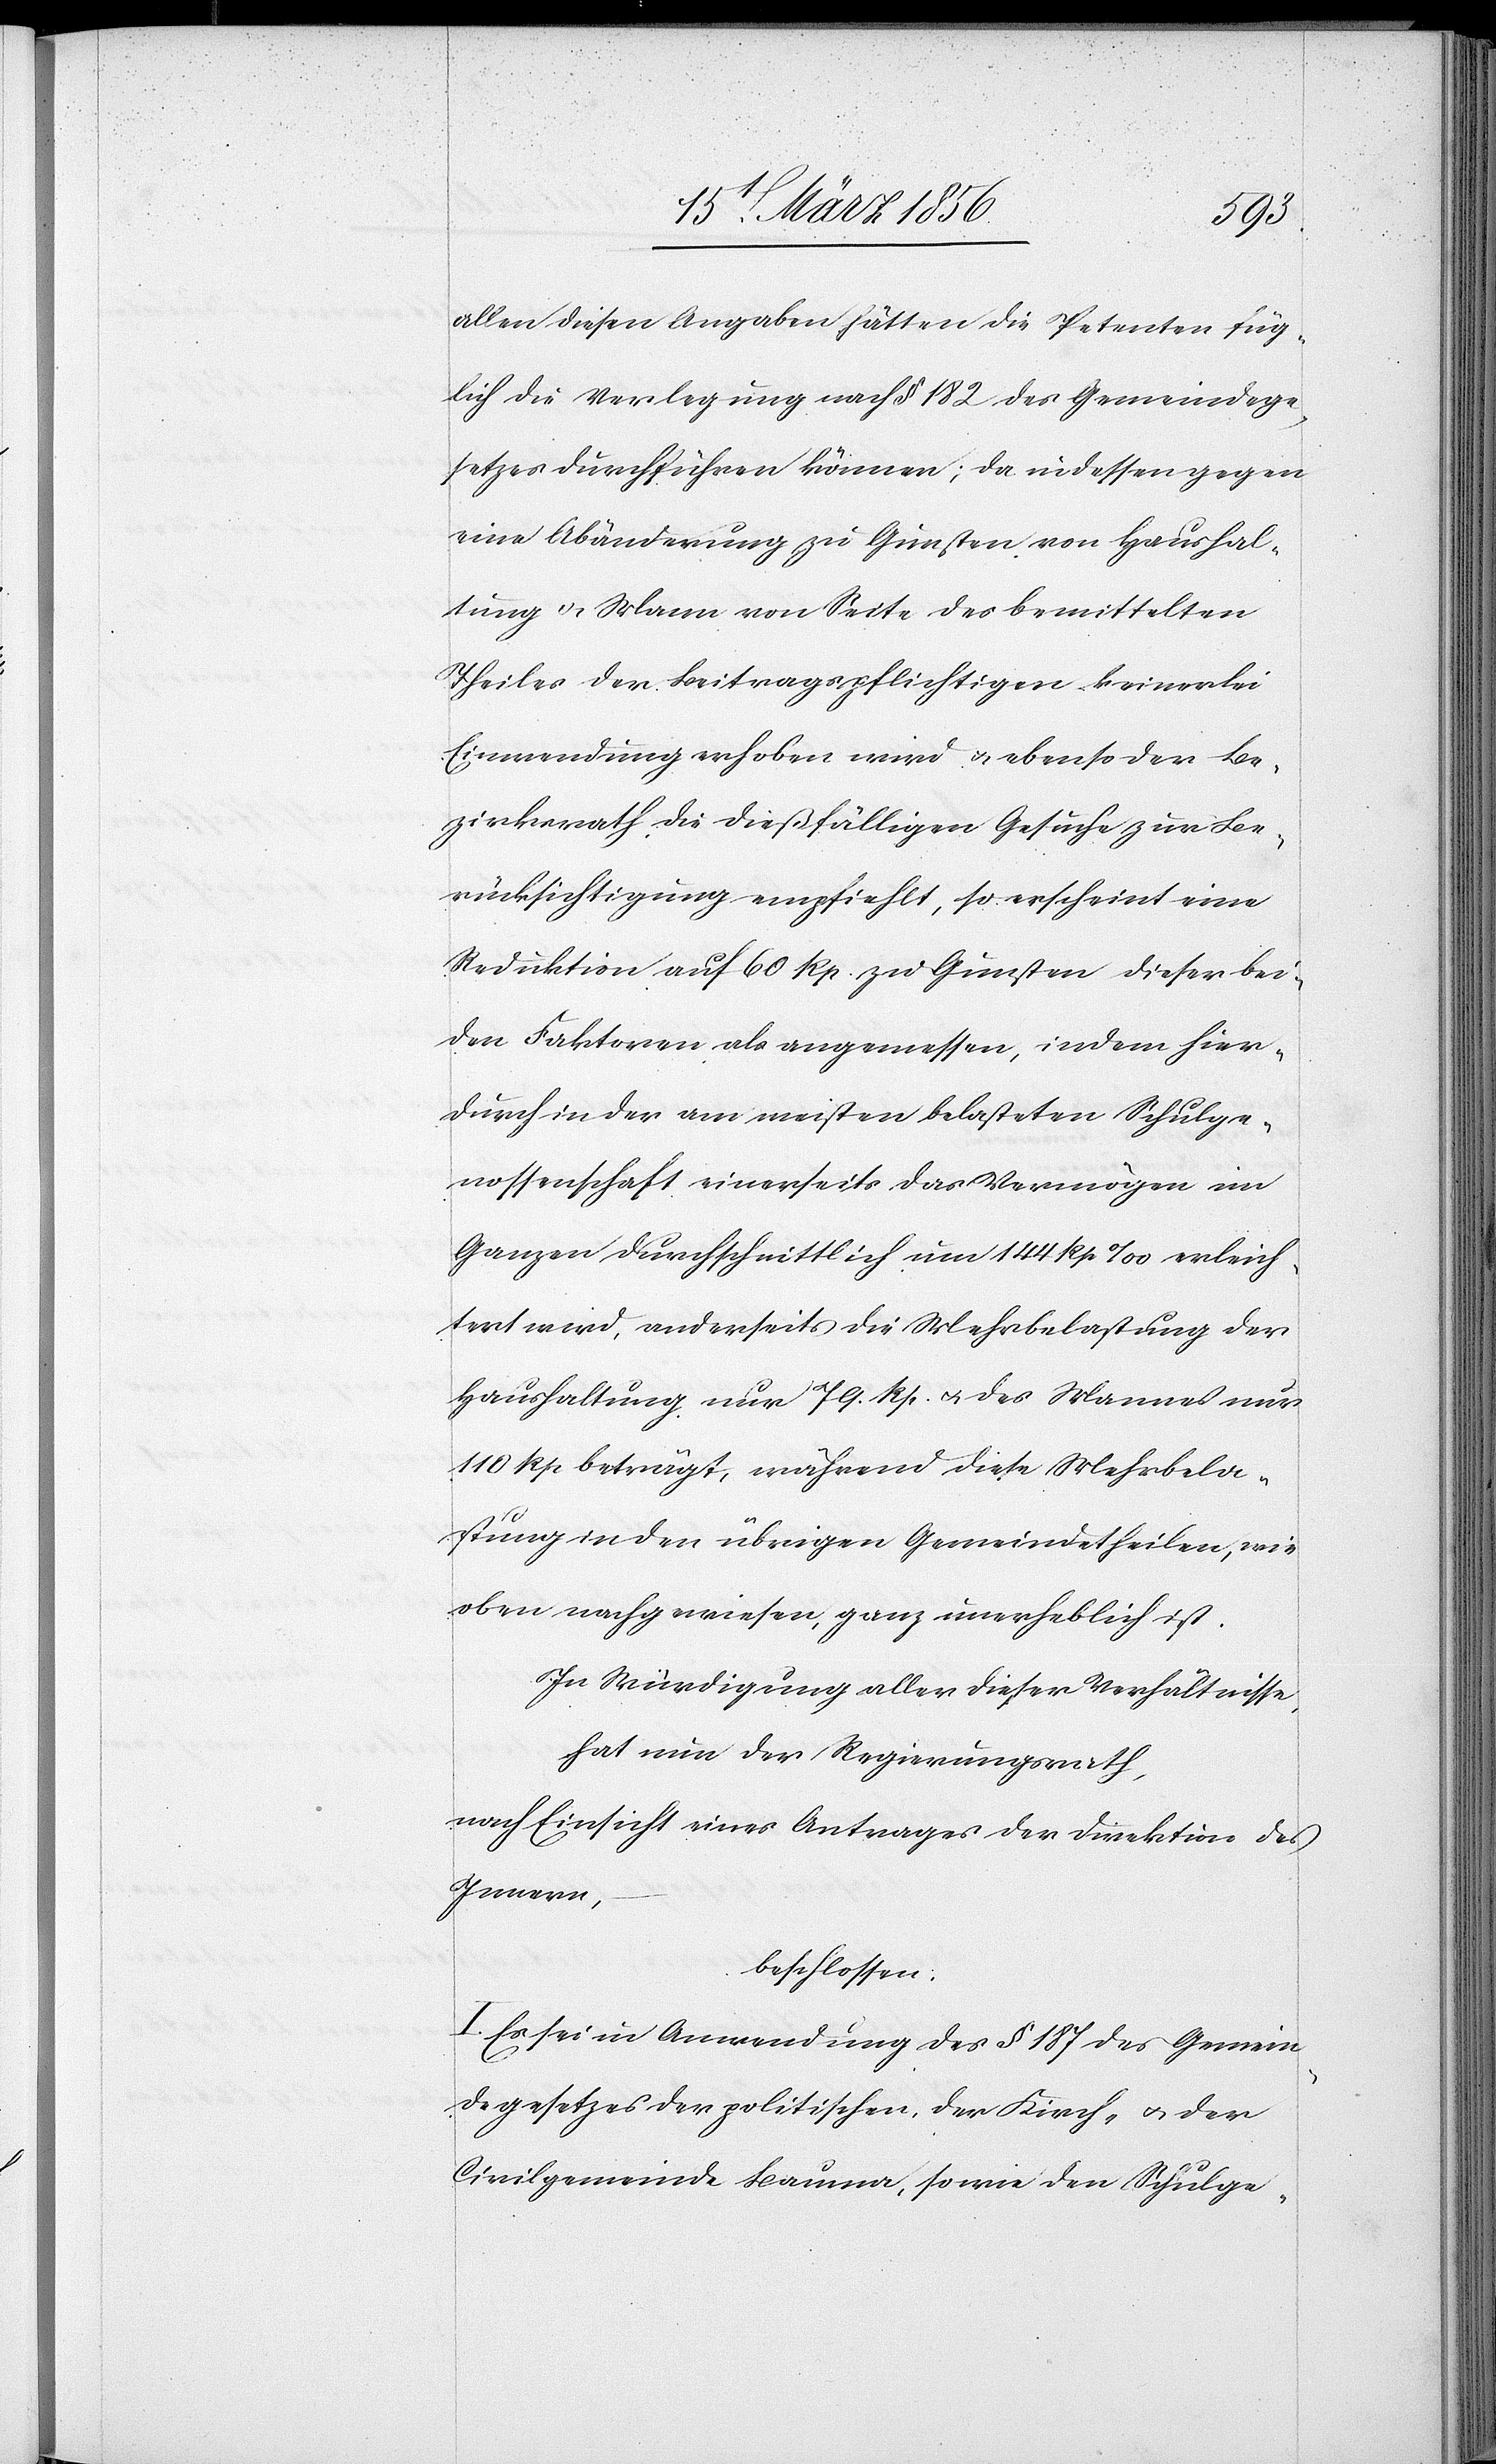
allen diesen Angaben hätten die Petenten füg¬
lich die Verlegung nach § 182 des Gemeindege¬
setzes durchführen können; da indessen gegen
eine Abänderung zu Gunsten von Haushal¬
tung & Mann von Seite des bemittelten
Theiles der Beitragspflichtigen keinerlei
Einwendung erhoben wird & ebenso der Be¬
zirksrath die dießfälligen Gesuche zur Be¬
rücksichtigung empfiehlt, so erscheint eine
Reduktion auf 60 Rp. zu Gunsten dieser bei¬
den Faktoren als angemessen, indem hier¬
durch in der am meisten belasteten Schulge¬
nossenschaft einerseits das Vermögen im
Ganzen durchschnittlich um 144 Rp ‰ erleich¬
tert wird, anderseits die Mehrbelastung der
Haushaltung nur 79. Rp. u. des Mannes nur
110 Rp beträgt, während diese Mehrbela¬
stung in den übrigen Gemeindetheilen, wie
eben nachgewiesen, ganz unerheblich ist.
In Würdigung aller dieser Verhältnisse,
hat nun der Regierungsrath,
nach Einsicht eines Antrages der Direktion des
Innern,
beschlossen:
I. Es sei in Anwendung des § 187 des Gemein¬
degesetzes der politischen, der Kirch- u. der
Civilgemeinde Bauma, sowie den Schulge-